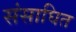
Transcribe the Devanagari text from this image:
संसाघित